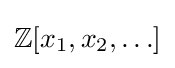
\mathbb {Z} [x_{1},x_{2},\ldots ]